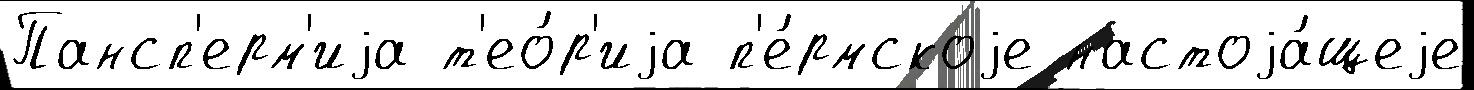
Пансп'ерм'иjа т'ео́р'иjа п'е́рмскоjе настоjа́щеjе